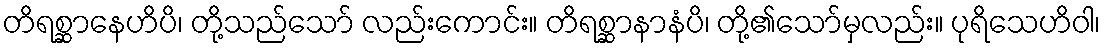
တိရစ္ဆာနေဟိပိ၊ တို့သည်သော် လည်းကောင်း။ တိရစ္ဆာနာနံပိ၊ တို့၏သော်မှလည်း။ ပုရိသေဟိဝါ၊